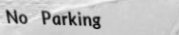
No Parking